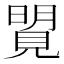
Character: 𧡜